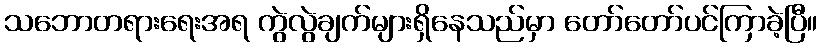
သဘောတရားရေးအရ ကွဲလွဲချက်များရှိနေသည်မှာ တော်တော်ပင်ကြာခဲ့ပြီ။